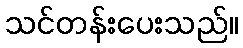
သင်တန်းပေးသည်။